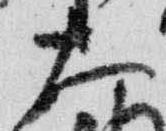
大